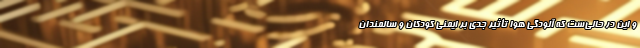
و این در حالی‌ست که آلودگی هوا تأثیر جدی بر ایمنی کودکان و سالمندان